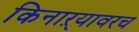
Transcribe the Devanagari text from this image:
किनाऱ्यावरच